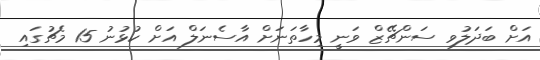
އަށް ބަދަލުވި ސަންޗޭޒް ވަނީ މިހާތަނަށް އާސެނަލް އަށް ކުޅުނު 15 މެޗުގައި